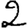
Digit: 2